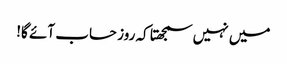
میں نہیں سمجھتا کہ روز حساب آئے گا!